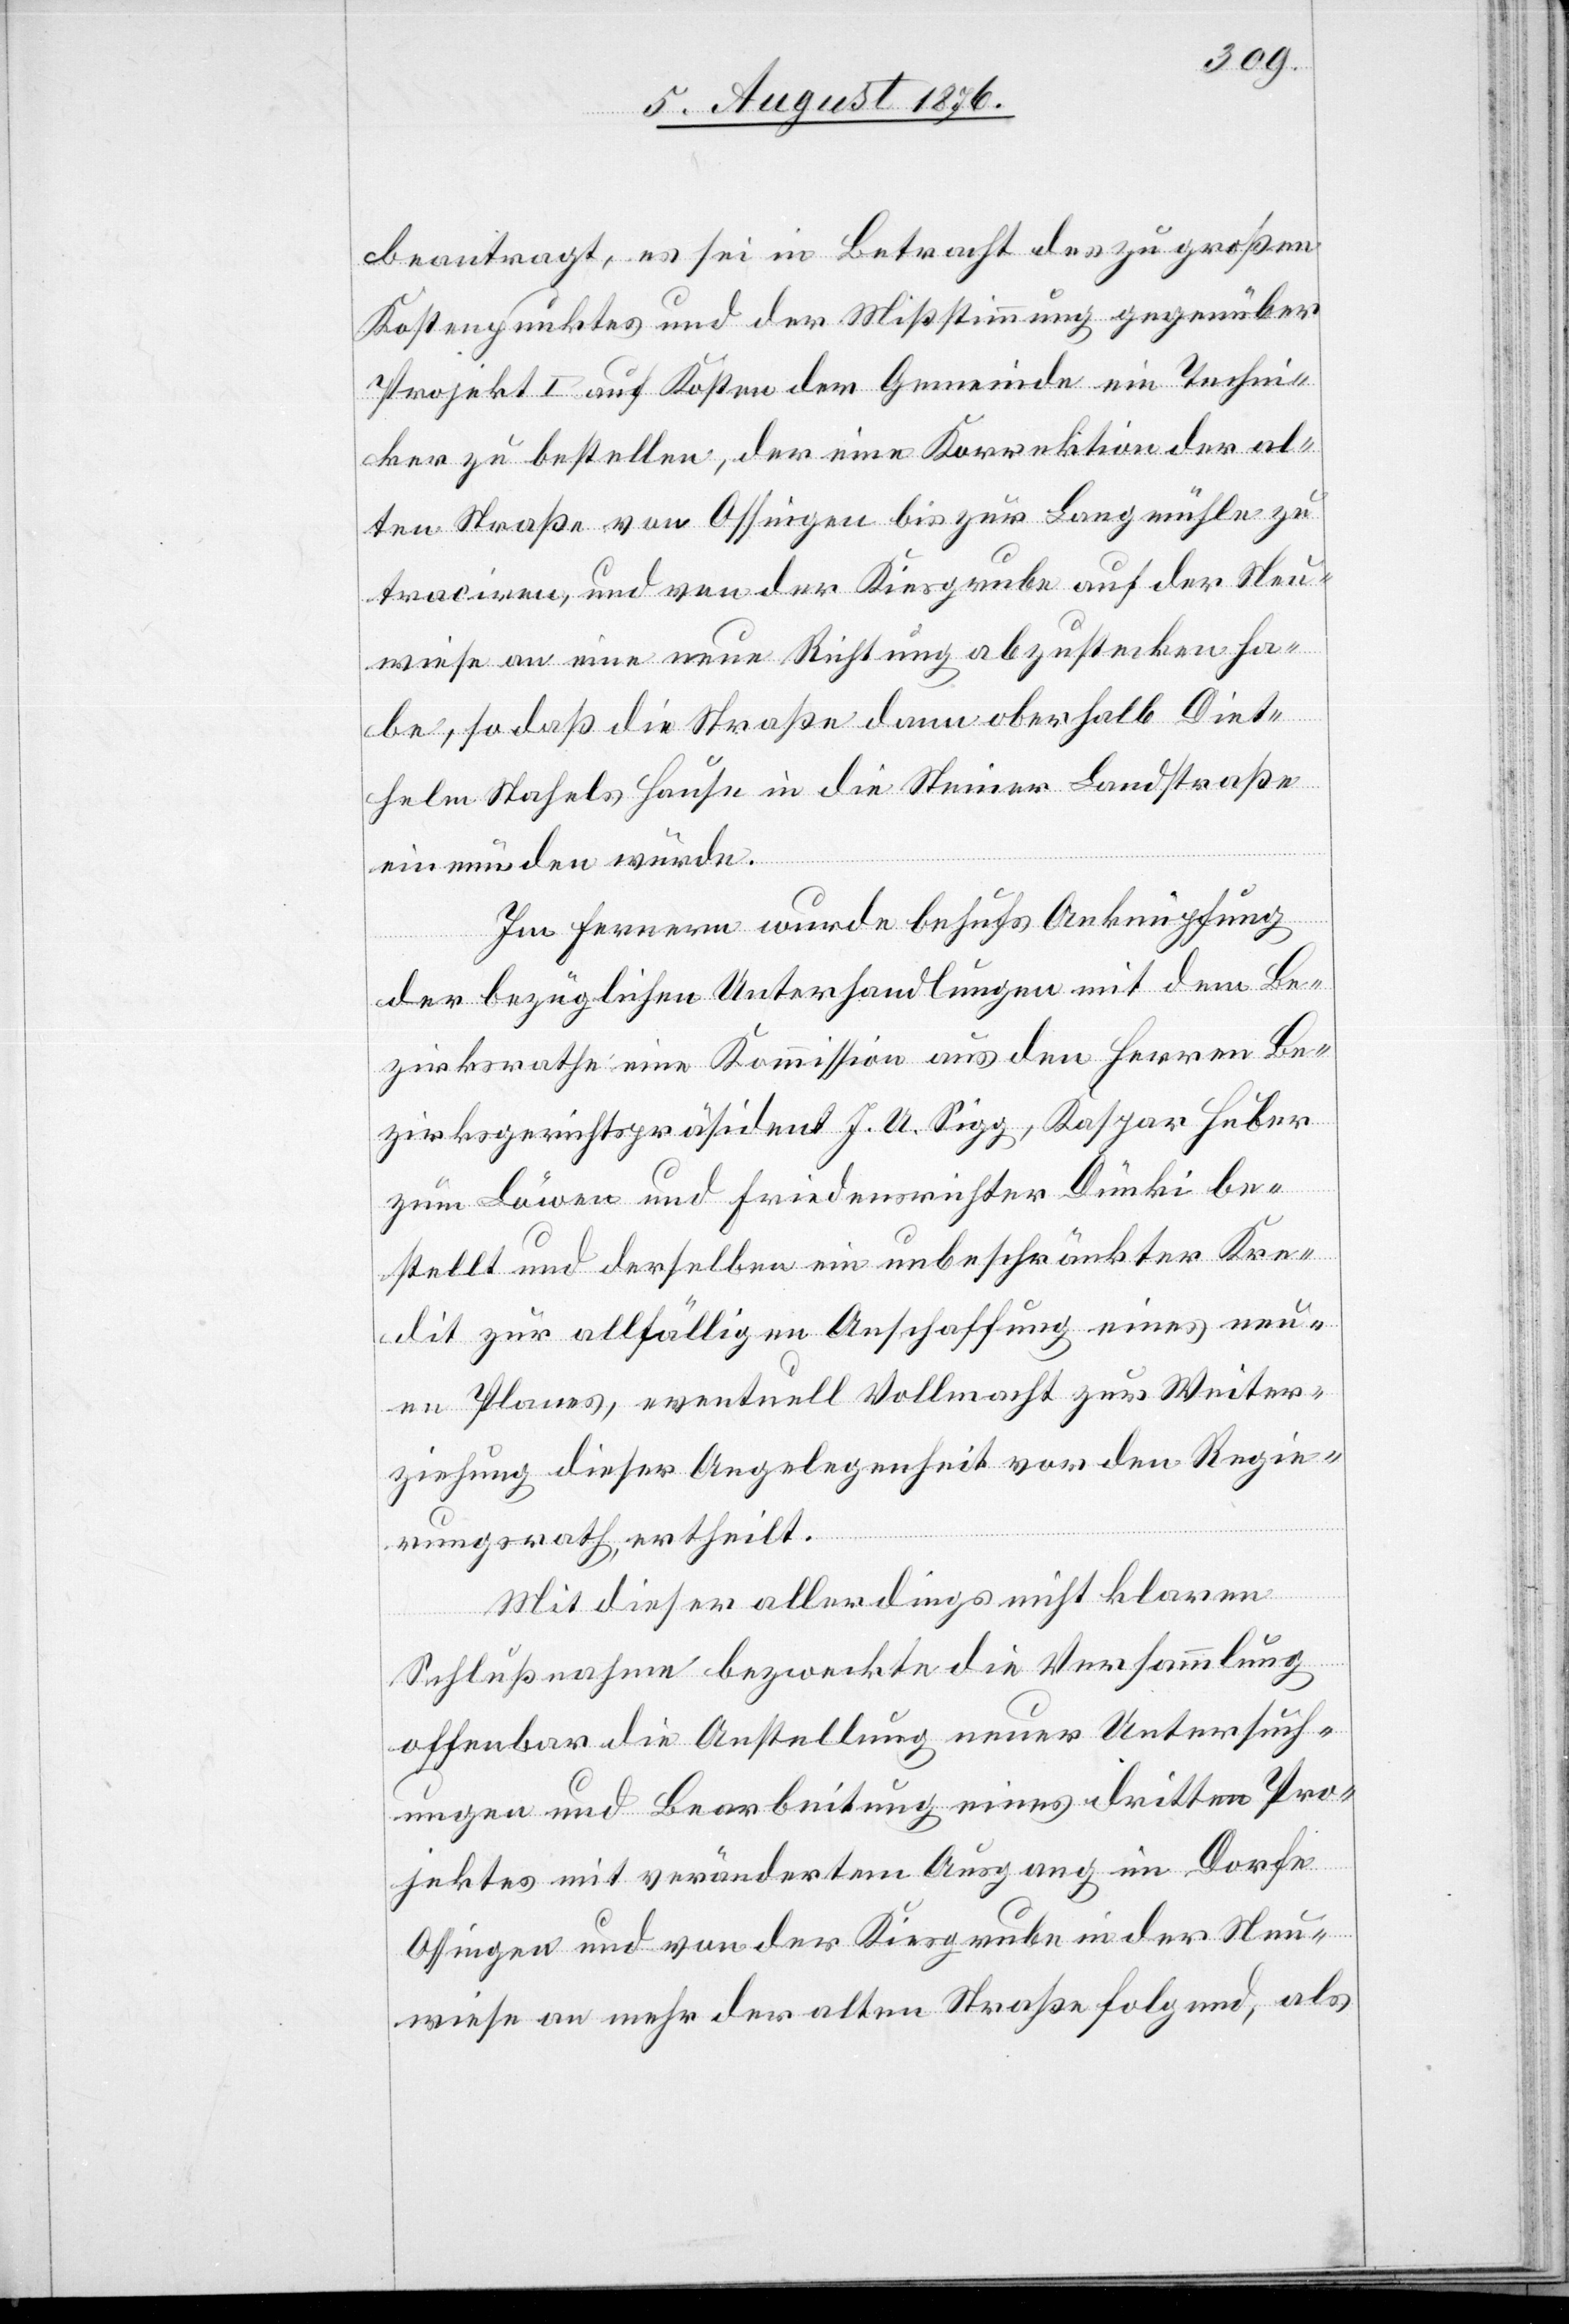
beantragt, es sei in Betracht des zu großen
Kostenpunktes und der Mißstimmung gegenüber
Projekt I auf Kosten der Gemeinde ein Techni¬
ker zu bestellten, der eine Korrektion der al¬
ten Straße von Ossingen bis zur Langmühle zu
traciren, und von der Kiesgrube auf der Neu¬
wiese an eine neue Richtung abzustecken ha¬
be, so daß die Straße dann oberhalb Diet¬
helm Stahels Hause in die Steiner Landstraße
einmünden würde.
Im Fernern wurde behufs Anknüpfung
der bezüglichen Unterhandlungen mit dem Be¬
zirksrathe eine Kommission aus den Herren Be¬
zirksgerichtspräsident J. U. Sigg, Kaspar Huber
zum Löwen und Friedensrichter Dünki be¬
stellt und derselben ein unbeschränkter Kre¬
dit zur allfälligen Anschaffung eines neu¬
en Planes, eventuell Vollmacht zur Weiter¬
ziehung dieser Angelegenheit vor den Regie¬
rungsrath, ertheilt.
Mit dieser allerdings nicht klaren
Schlußnahme bezweckte die Versammlung
offenbar die Anstellung neuer Untersuch¬
ungen und Bearbeitung eines dritten Pro¬
jektes mit verändertem Ausgang im Dorfe
Ossingen und von der Kiesgrube in der Neu¬
wiese an mehr der alten Straße folgend, als